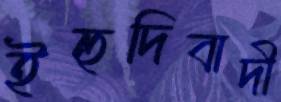
ইহুদিবাদী